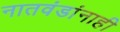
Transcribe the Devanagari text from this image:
नातवंडांनाही